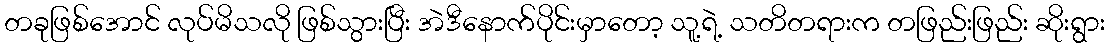
တခုဖြစ်အောင် လုပ်မိသလို ဖြစ်သွားပြီး အဲဒီနောက်ပိုင်းမှာတော့ သူ့ရဲ့ သတိတရားက တဖြည်းဖြည်း ဆိုးရွား